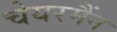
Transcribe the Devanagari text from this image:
चेयरमैंन